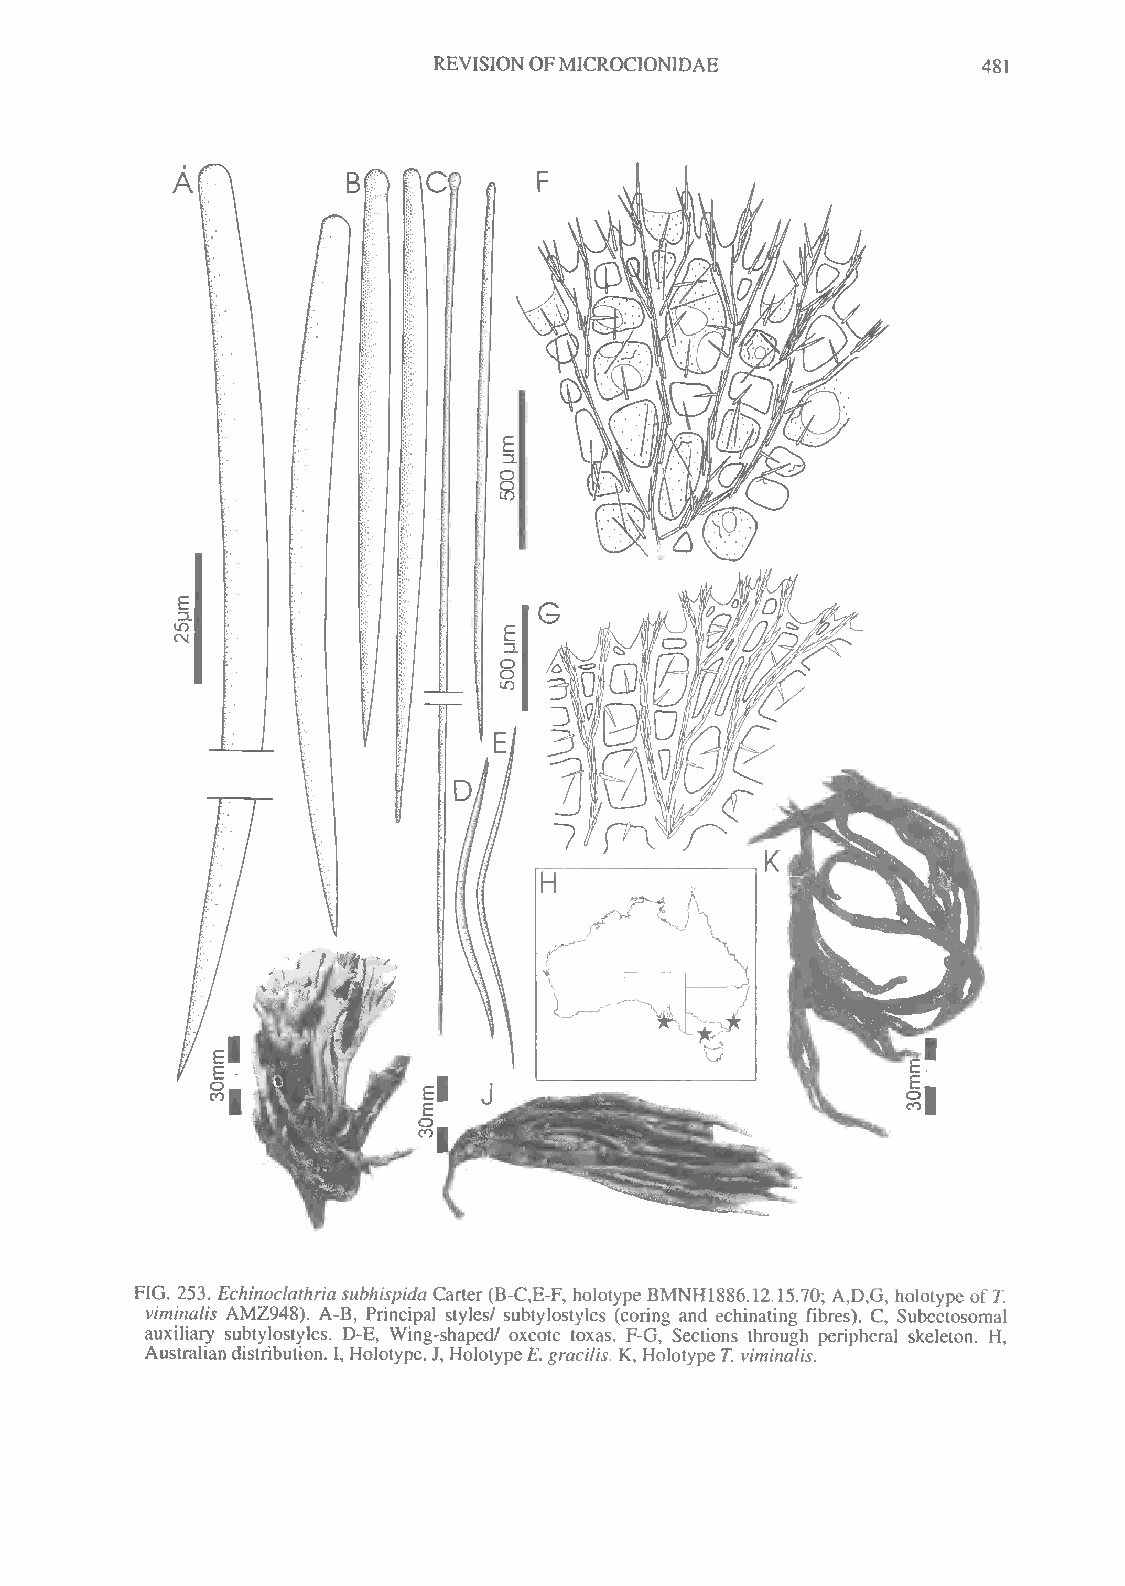
REVISIONOFMICROCIONIDAE
 481
 FIG. 253. Echinoclathriasubhispida Carter (B-C.E-F, holotype BMNH1886.12.15.70; A,D,G, holotype ofT.
 viminalis AMZ948). A-B, Principal styles/ subtylostyles (coring and echinating fibres). C, Subectosomal
 auxiliary subtylostyles. D-E, Wing-shaped/ oxeote toxas. F-G, Sections through peripheral skeleton. H,
 Australiandistribution. I, Holotype. J, HolotypeE. gracilis. K, Holotype T. viminalis.